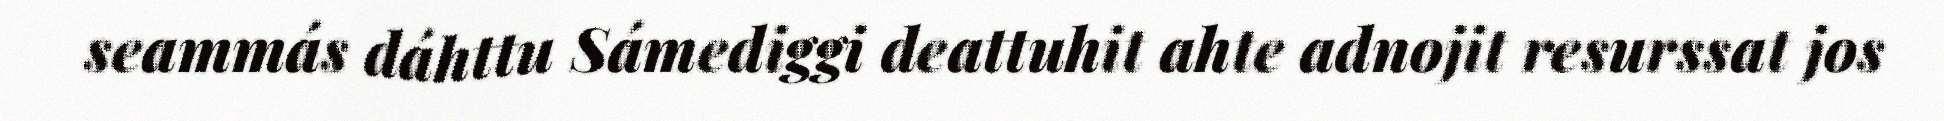
seammás dáhttu Sámediggi deattuhit ahte adnojit resurssat jos